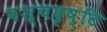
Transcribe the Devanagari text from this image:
पश्चदृष्टि